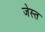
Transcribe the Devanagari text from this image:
जेस्त